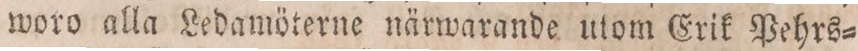
woro alla Ledamöterne närwarande utom Erik Pehrs=